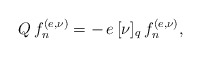
\begin{align*} Q\,f_{n}^{(e,\nu)}=-\,e\,[\nu]_{q}\,f_{n}^{(e,\nu)},\end{align*}